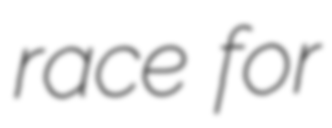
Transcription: race for